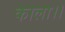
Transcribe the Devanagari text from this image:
काला।।